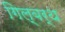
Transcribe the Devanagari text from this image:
गिल्बर्थ